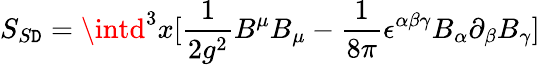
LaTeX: S_{S\mathtt{D}}=\intd^{3}x[\frac{{1}}{{2g^{2}}}B^{\mu}B_{\mu}-\frac{{1}}{{8\pi}}\epsilon^{\alpha\beta\gamma}B_{\alpha}\partial_{\beta}B_{\gamma}]